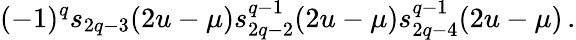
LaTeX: (-1)^{q}s_{2q-3}(2u-\mu)s_{2q-2}^{q-1}(2u-\mu)s_{2q-4}^{q-1}(2u-\mu)\, .